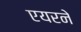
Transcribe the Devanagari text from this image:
एयरने